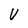
Character: V